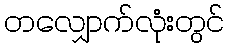
တလျှောက်လုံးတွင်